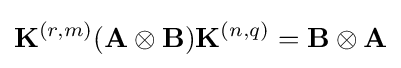
\mathbf {K} ^{(r,m)}(\mathbf {A} \otimes \mathbf {B} )\mathbf {K} ^{(n,q)}=\mathbf {B} \otimes \mathbf {A}